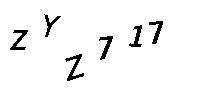
ZYZ717